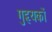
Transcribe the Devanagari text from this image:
गुहृयकों